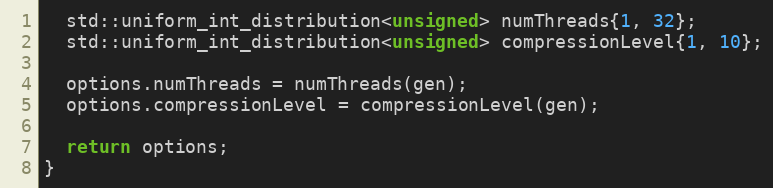
Language: C++
  std::uniform_int_distribution<unsigned> numThreads{1, 32};
  std::uniform_int_distribution<unsigned> compressionLevel{1, 10};

  options.numThreads = numThreads(gen);
  options.compressionLevel = compressionLevel(gen);

  return options;
}